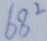
6 8 ^ { 2 }